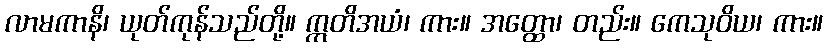
လာမကာနိ၊ ယုတ်ကုန်သည်တို့။ ဣတိအယံ၊ ကား။ အတ္ထော၊ တည်း။ ကေသုဝိယ၊ ကား။